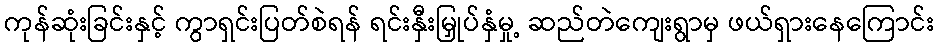
ကုန်ဆုံးခြင်းနှင့် ကွာရှင်းပြတ်စဲရန် ရင်းနှီးမြှုပ်နှံမှု့ ဆည်တဲကျေးရွာမှ ဖယ်ရှားနေကြောင်း